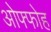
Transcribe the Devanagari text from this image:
ओफ्फोह